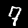
Digit: 7